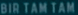
BIR TAM TAR